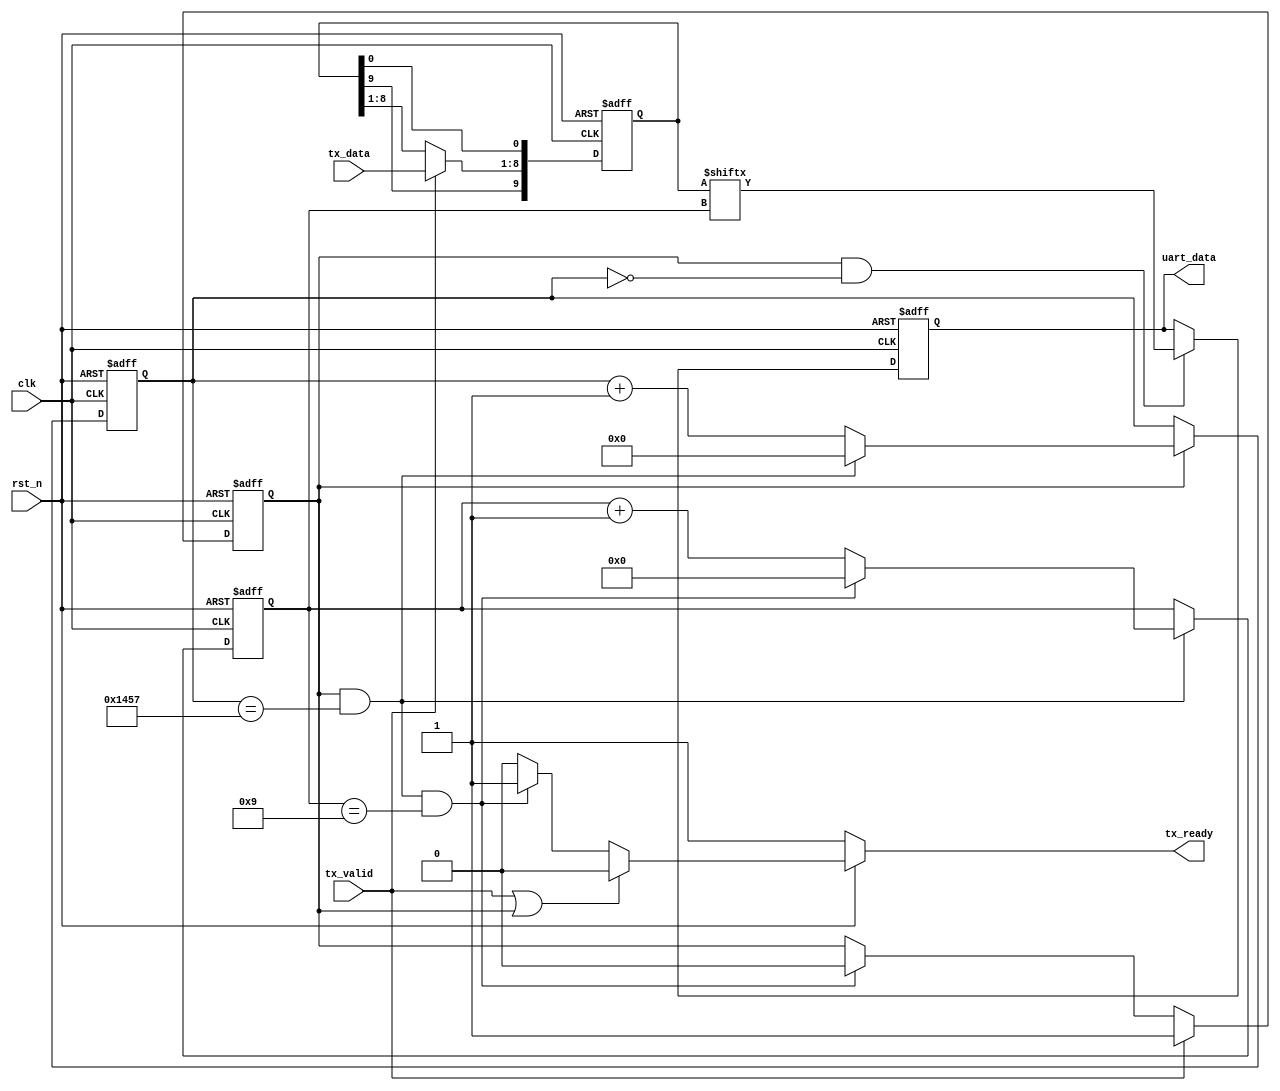
module uart_tx(
    clk,
    rst_n,
    tx_valid,
    tx_ready,
    tx_data,
    uart_data
);

parameter CLK = 50_000_000;
parameter BAUD = 9600;
parameter ONEBIT = CLK/BAUD; 

//
input clk;   //50MHz
input rst_n;
input tx_valid;
output reg tx_ready;
input [7:0] tx_data;
output reg uart_data;


//
reg [19:0] cnt_onebit;
wire add_cnt_onebit;
wire end_cnt_onebit;
reg flag;
reg [3:0] cnt;
wire add_cnt;
wire end_cnt;
reg [9:0] data_reg;    //
//


always@(posedge clk or negedge rst_n)
begin
    if(!rst_n)
        flag <= 1'b0;
    else if(tx_valid)                 // tx_valid && (!flag) 
        flag <= 1'b1;
    else if(end_cnt)
        flag <= 1'b0;
end

always@(*)
begin
    if(!rst_n)
        tx_ready = 1'b1;
    else if(tx_valid || flag)               // tx_valid || flag 
        tx_ready = 1'b0;
    else if(end_cnt)
        tx_ready = 1'b1;
    else
        tx_ready = 1'b0;
end

always@(posedge clk or negedge rst_n)
begin
    if(!rst_n)
         cnt_onebit <= 0;
    else if(add_cnt_onebit)
        begin
            if(end_cnt_onebit)
                cnt_onebit <= 0;
            else
                cnt_onebit <= cnt_onebit +1'b1; 
        end
end

assign add_cnt_onebit = flag == 1'b1;
assign end_cnt_onebit = (add_cnt_onebit) && (cnt_onebit == ONEBIT -1'b1);


always@(posedge clk or negedge rst_n)
begin
    if(!rst_n)
         cnt <= 0;
    else if(add_cnt)
        begin
            if(end_cnt)
                cnt <= 0;
            else
                cnt <= cnt +1'b1; 
        end
end

assign add_cnt = (add_cnt_onebit) && (cnt_onebit == ONEBIT -1'b1);
assign end_cnt = (add_cnt) && (cnt == 4'd10 -1'b1);


//

always@(posedge clk or negedge rst_n)
begin
    if(!rst_n)
        data_reg <= {1'b1,8'b0,1'b0};
    else if(tx_valid)
        data_reg[8:1] <= tx_data;
end

always@(posedge clk or negedge rst_n)
begin
    if(!rst_n)
        uart_data <= 1'b1;
    else if((add_cnt_onebit) && (cnt_onebit == 1'b0))   //
        uart_data <= data_reg[cnt];
end


endmodule